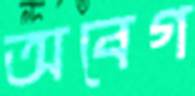
অবেগ